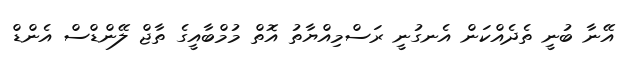
އޭނާ ބުނީ ތެދެއްކަން އެނގުނީ ރަސްމިއްޔާތު އޮތް މުމްބާއީގެ ތާޖް ލޭންޑްސް އެންޑް